画像に写った文字を読んでください
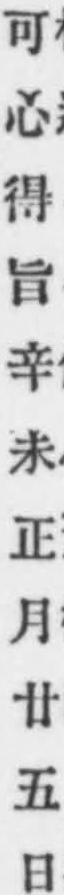
「可心得旨辛未正月廿五日」と書いてあります